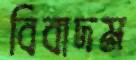
বিবাদম